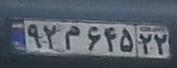
۹۲م۶۴۵۲۲